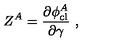
Z ^ { A } = \frac { \partial \phi _ { \mathrm { c l } } ^ { A } } { \partial \gamma } \ ,